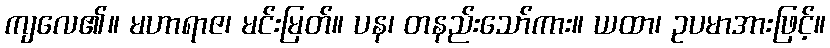
ကျလေ၏။ မဟာရာဇ၊ မင်းမြတ်။ ပန၊ တနည်းသော်ကား။ ယထာ၊ ဥပမာအားဖြင့်။